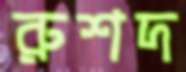
রুশদ